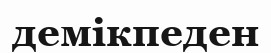
демікпеден